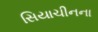
સિયાચીનના